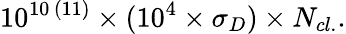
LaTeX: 10^{10\, (11)}\times(10^{4}\times\sigma_{D})\times N_{cl.}.